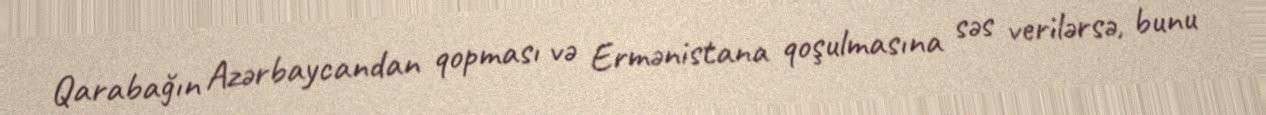
Qarabağın Azərbaycandan qopması və Ermənistana qoşulmasına səs verilərsə, bunu